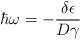
\begin{align*}\hbar\omega ={ -\frac{\delta\epsilon}{D\gamma}}\end{align*}